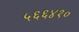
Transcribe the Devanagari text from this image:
५६६४१०